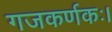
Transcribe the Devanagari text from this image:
गजकर्णकः।